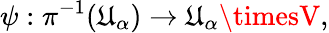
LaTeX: \psi:\pi^{-1}(\mathfrak{U}_{\alpha})\rightarrow\mathfrak{U}_{\alpha}\timesV,